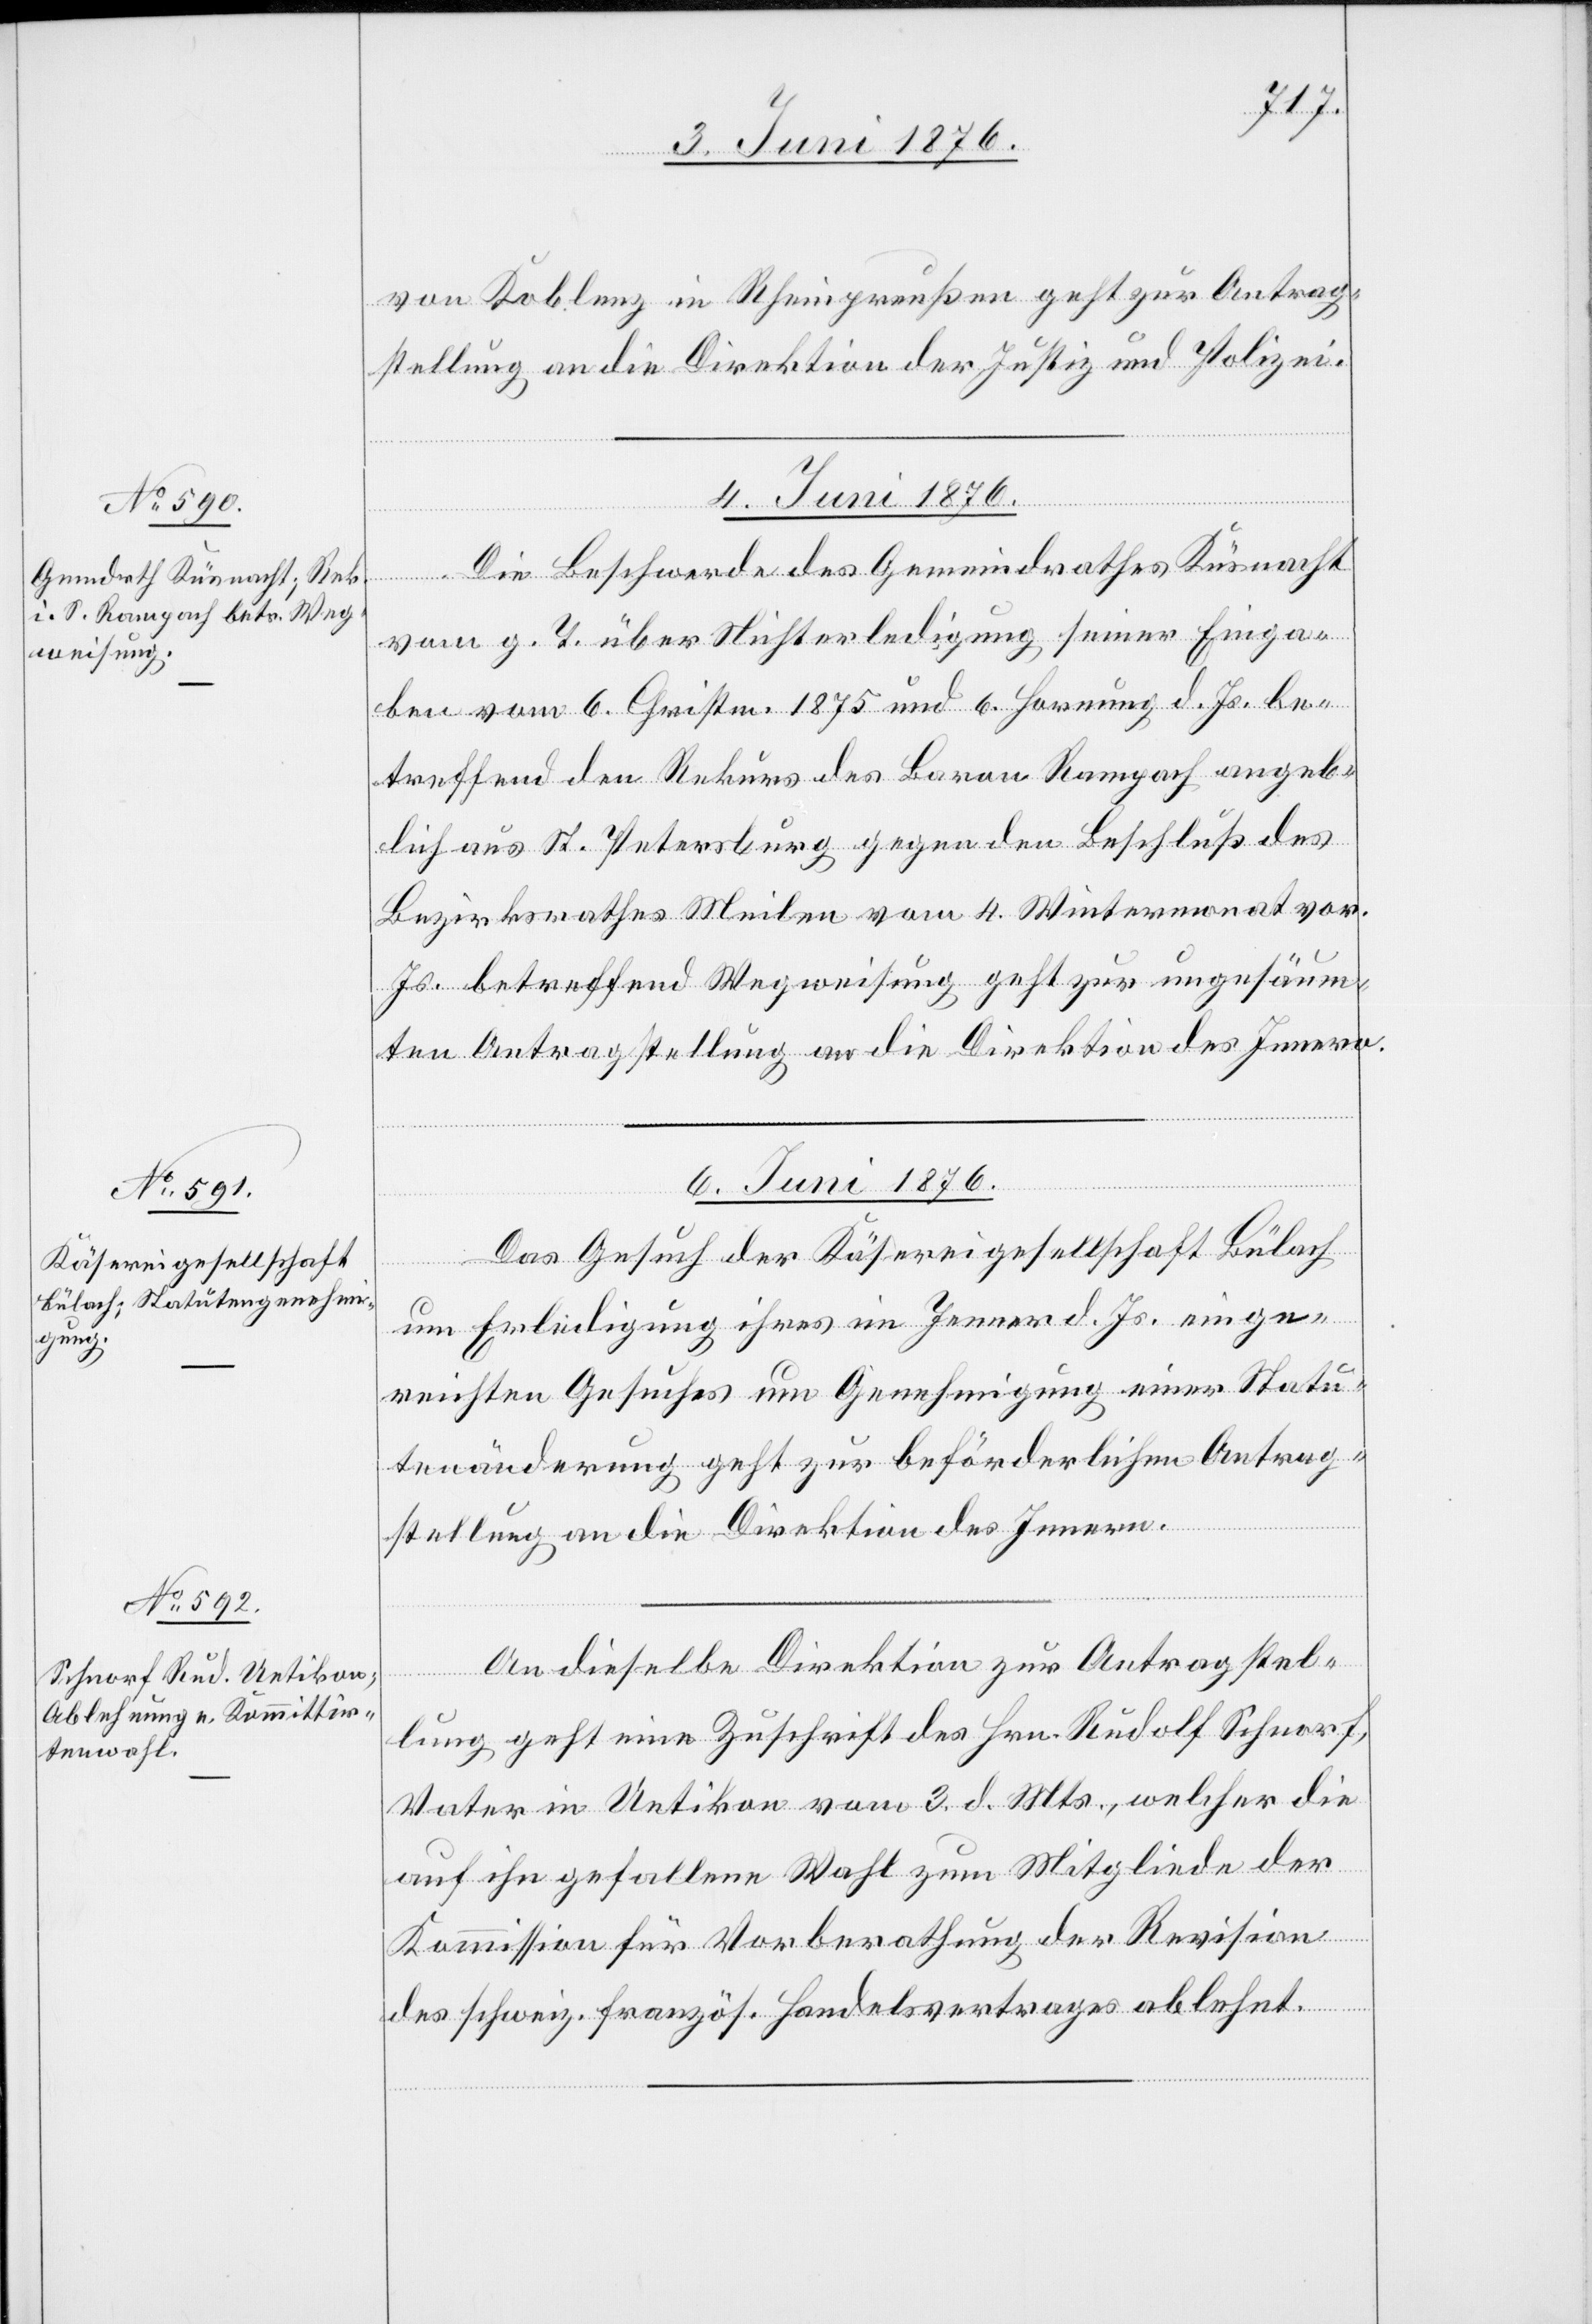
von Koblenz in Rheinpreußen geht zur Antrag¬
stellung an die Direktion der Justiz und Polizei.
4. Juni 1876.
Die Beschwerde des Gemeindrathes Küsnacht
vom g. T. über Nichterledigung seiner Einga¬
ben vom 6. Christm. 1875 und 6. Hornung d. Js. be¬
treffend den Rekurs des Baron Rampach angeb¬
lich aus St. Petersburg gegen den Beschluß des
Bezirksrathes Meilen vom 4. Wintermonat vor.
Js. betreffend Wegweisung geht zur ungesäum¬
ten Antragstellung an die Direktion des Innern.
6. Juni 1876.]
Das Gesuch der Käsereigesellschaft Bülach
um Erledigung ihres im Jenner d. Js. einge¬
reichten Gesuches um Genehmigung einer Statu¬
tenänderung geht zur beförderlichen Antrag¬
stellung an die Direktion des Innern.
An dieselbe Direktion zur Antragstel¬
lung geht eine Zuschrift des Hrn. Rudolf Schnorf,
Vater in Uetikon vom 3. d. Mts., welcher die
auf ihn gefallene Wahl zum Mitgliede der
Kommission für Vorberathung der Revision
des schweiz. französ. Handelsvertrages ablehnt.